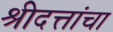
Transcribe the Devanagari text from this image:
श्रीदत्तांचा